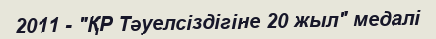
2011 - "ҚР Тәуелсіздігіне 20 жыл" медалі